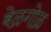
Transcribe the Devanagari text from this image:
बेळगोळ